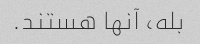
بله، آنها هستند.